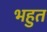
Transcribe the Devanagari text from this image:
भहुत